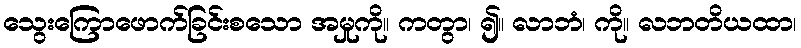
သွေးကြောဖောက်ခြင်းစသော အမှုကို။ ကတွာ၊ ၍။ လာဘံ၊ ကို။ လဘတိယထာ၊